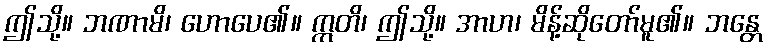
ဤသို့။ ဘဏာမိ၊ ဟောပေ၏။ ဣတိ၊ ဤသို့။ အာဟ၊ မိန့်ဆိုတော်မူ၏။ ဘန္တေ